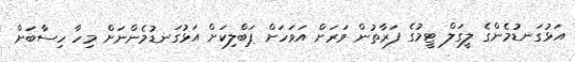
އަޅުގަނޑުމެންގެ ލީގަލް ޓީމުގެ ފަރާތުން ވަރަށް އަވަހަށް ޕަބްލިކަށް އަޅުގަނޑުމެންނަށް މިހާ ހިސާބަށް